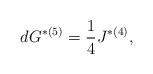
\begin{align*}dG^{*(5)}={1\over 4}J^{*(4)},\end{align*}